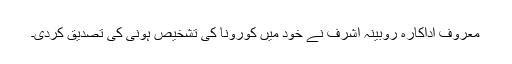
معروف اداکارہ روبینہ اشرف نے خود میں کورونا کی تشخیص ہونی کی تصدیق کردی۔